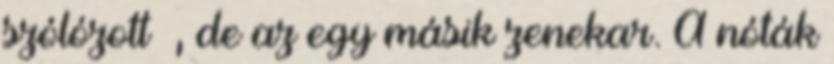
szólózott –, de az egy másik zenekar. A nóták